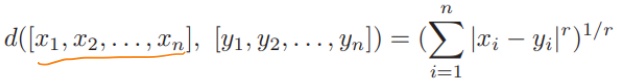
\[d(\underbrace{[x_1, x_2, \ldots, x_n]}_{}, [y_1, y_2, \ldots, y_n]) = \left(\sum_{i = 1}^{n} |x_i - y_i|^r\right)^{1/r}\]